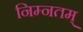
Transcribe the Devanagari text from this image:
निम्नतम्